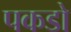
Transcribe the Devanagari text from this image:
पकडो